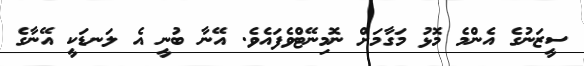
ސީޒަނުގެ އެންމެ މޮޅު މަގާމަށް ނޮމިނޭޓްވެފައެވެ. އޭނާ ބުނީ އެ ލަނޑަކީ އޭނާގެ